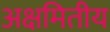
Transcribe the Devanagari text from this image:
अक्षमितीय